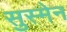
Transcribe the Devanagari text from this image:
सुस्मेन